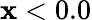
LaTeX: \mathbf{x}<0.0